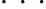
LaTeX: \cdot\, \cdot\, \cdot